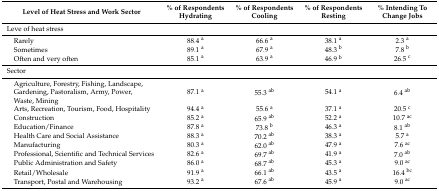
| Level of Heat Stress and Work Sector | % of Respondents Hydrating | % of Respondents Cooling | % of Respondents Resting | % Intending To Change Jobs |
 | --- | --- | --- | --- | --- |
 | Leve of heat stress |  |  |  |  |
 | Rarely | 88.4 a | 66.6 a | 38.1 a | 2.3 a |
 | Sometimes | 89.1 a | 67.9 a | 48.3 b | 7.8 b |
 | Often and very often | 85.1 a | 63.9 a | 46.9 b | 26.5 c |
 | Sector |  |  |  |  |
 | Agriculture, Forestry, Fishing, Landscape,Gardening, Pastoralism, Army, Power,Waste, Mining | 87.1 a | 55.3 ab | 54.1 a | 6.4 ab |
 | Arts, Recreation, Tourism,Food, Hospitality | 94.4 a | 55.6 a | 37.1 a | 20.5 c |
 | Construction | 85.2 a | 65.9 ab | 52.2 a | 10.7 ac |
 | Education/Finance | 87.8 a | 73.8 b | 46.3 a | 8.1 ab |
 | Health Care and Social Assistance | 88.3 a | 70.2 ab | 38.3 a | 5.7 a |
 | Manufacturing | 80.3 a | 62.0 ab | 47.9 a | 7.6 ac |
 | Professional, Scientific andTechnical Services | 82.6 a | 69.7 ab | 41.9 a | 7.0 ab |
 | Public Administration and Safety | 86.0 a | 68.7 ab | 45.3 a | 9.0 ac |
 | Retail/Wholesale | 91.9 a | 66.1 ab | 43.5 a | 16.4 bc |
 | Transport, Postal and Warehousing | 93.2 a | 67.6 ab | 45.9 a | 9.0 ac |